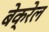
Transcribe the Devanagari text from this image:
बेक्रेल